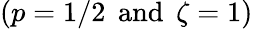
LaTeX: (p=1/2\, \; \textrm{and}\, \; \zeta=1)